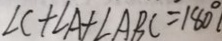
\angle C + \angle A + \angle A B C = 1 8 0 ^ { \circ }